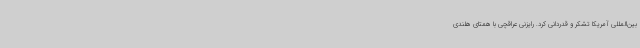
بین‌المللی آمریکا تشکر و قدردانی کرد. رایزنی عراقچی با همتای هلندی